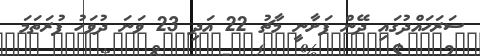
ސަރަހައްދުގައި ދޭން ފަށާނީ މާޗު 22 އަދި 23 ވަނަ ދުވަހު ފުރަތަމަ